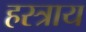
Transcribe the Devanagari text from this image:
हस्त्राय